Vaccination United Provinces of Agra and Oudh 1914-1922 - 1914-1922
Year: 1914
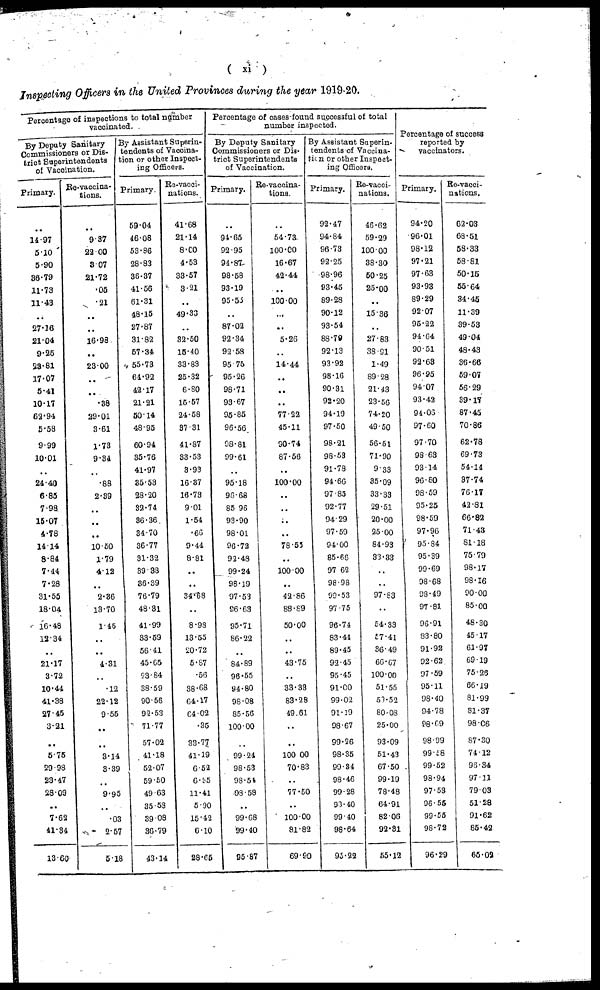
( xi )
Inspecting Officers in the United Provinces during the year 1919-20.
Percentage of inspections to total number
vaccinated.
By Deputy Sanitary
Commissioners or Dis-
trict Superintendents
of Vaccination.
Primary.
..
14.97
5.10
5.90
36.79
11.73
11.43
..
27.16
21.04
9.25
23.81
17.07
5.41
10.17
62.94
5.58
9.99
10.01
..
21.40
6.85
7.98
15.07
4.78
14.14
8.84
7.44
7.28
31.55
18.04
16.48
12.34
..
21.17
3.72
10.44
41.38
27.45
3.21
..
5.75
29.98
23.47
28.09
..
7.62
41.84
13.60
Re-vaccina¬
tions.
..
9.37
22.00
3.07
21.72
.05
.21
..
..
16.98
..
23.00
..
..
.38
29.01
3.61
1.73
9.34
..
.88
2.39
..
..
..
10.50
1.79
4.12
..
2.36
13.70
1.45
..
..
4.31
..
.12
22.12
9.55
..
..
3.14
3.39
..
9.95
..
.03
2.57
5.18
By Assistant Superin-
tendents of Vaccina¬
tion or other Inspect-
ing Officers.
Primary.
59.04
46.08
53.86
28.83
36.37
41.56
61.31
48.15
27.87
31.82
57.34
55.73
64.92
42.17
21.21
50.14
48.95
60.94
35.76
41.97
35.53
28.20
32.74
36.36
34.70
36.77
31.32
39.38
36.39
76.79
48.31
41.99
33.59
56.41
45.65
23.84
38.59
90.56
92.53
71.77
57.02
41.18
52.07
59.50
49.63
35.58
39.08
36.79
43.14
Re-vacci¬
nations.
41.68
21.14
8.00
4.53
33.57
3.21
..
49.33
..
32.50
15.40
33.83
25.32
6.80
15.57
24.58
37.31
41.87
33.53
3.93
16.37
16.73
9.01
1.54
.66
9.44
8.81
..
..
34.68
..
8.98
13.55
20.72
5.67
.56
38.68
64.17
64.02
. 35
33.77
41.19
6.52
6.35
11.41
5.90
15.42
6.10
28.65
Percentage of cases found successful of total
number inspected.
By Deputy Sanitary
Commissioners or Dis-
trict Superintendents
of Vaccination.
Primary.
..
94.65
92.95
94.87
98.58
93.19
95.55
..
87.02
92.34
92.58
95.75
95.26
98.71
93.67
95.85
96.56
98.81
99.61
..
95.18
96.68
85.96
93.90
98.01
96.72
92.48
99.24
98.19
97.53
96.63
95.71
86.22
..
84.89
96.55
94.80
98.08
85.56
100.00
..
99.24
98.53
98.54
98.58
..
99.68
99.40
95.87
Re-vaccina¬
tions.
..
54.73
100.00
16.67
42.44
..
100.00
...
..
5.26
..
14.44
..
..
..
77.22
45.11
90.74
87.56
..
100.00
..
..
..
..
78.55
..
100.00
..
42.86
88.89
50.00
..
..
43.75
..
33.33
83.28
49.61
..
..
100.00
70.83
..
77.50
..
100.00
81.82
69.90
By Assistant Superin¬
tendents of Vaccina¬
tion or other Inspect-
ing Officers.
Primary.
92.47
94.84
96.73
92.25
98.96
93.45
89.28
90.12
93.54
88.79
92.13
93.92
98.16
90.31
92.20
94.19
97.50
98.21
98.53
91.78
94.66
97.85
92.77
94.29
97.59
94.00
85.66
97.62
98.98
99.53
97.75
96.74
83.44
89.45
92.45
95.45
91.00
99.02
91.19
98.67
99.26
98.35
99.34
98.46
99.28
93.40
99.40
98.64
95.22
Re-vacci¬
nations.
46.62
59.29
100.00
38.30
50.25
25.00
..
15.36
..
27.83
38.91
1.49
89.28
21.43
23.56
74.20
49.50
56.51
71.90
9.33
35.09
33.33
29.51
20.00
25.00
84.93
33.33
..
..
97.83
..
54.33
57.41
36.49
66.67
100.00
51.55
59.52
80.08
25.00
93.09
51.43
67.50
99.19
78.48
64.91
82.06
92.31
55.12
Percentage of success
reported by
vaccinators.
Primary.
94.20
96.01
98.12
97.21
97.63
93.93
89.29
92.07
95.22
94.64
90.51
92.63
96.95
94.07
93.42
94.06
97.60
97.70
98.63
93.14
96.80
98.59
95.25
98.59
97.96
95.84
95.39
99.69
98.68
98.49
97.81
96.91
83.80
91.92
92.62
97.59
95.11
98.40
94.78
98,69
98.99
99.58
99.52
98.94
97.53
96.55
99.55
98.72
96.29
Re-vacci¬
nations.
62.03
68.51
58.33
58.81
50.15
55.64
34.45
11.39
39.53
49.04
48.43
36.66
59.07
56.29
39.17
87.45
70.86
62.78
69.73
54.14
37.74
76.17
42.81
66.82
71.43
81.18
75.79
98.17
98.16
90.00
85.00
48.30
45.17
61.97
69.19
75.26
66.19
81.99
81.37
98.06
87.30
74.12
96.34
97.11
79.03
51.28
91.62
85.42
65.02